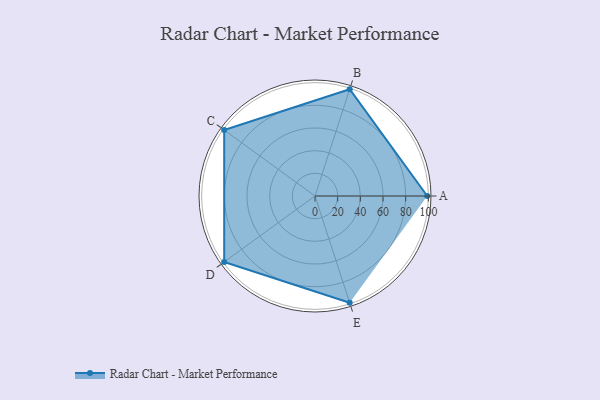
{"axis": {"x": "Skill", "y": "Score"}, "legend": ["Profile"], "data": [{"x": "A", "y": 99, "type": "Profile"}, {"x": "B", "y": 99, "type": "Profile"}, {"x": "C", "y": 99, "type": "Profile"}, {"x": "D", "y": 99, "type": "Profile"}, {"x": "E", "y": 99, "type": "Profile"}]}